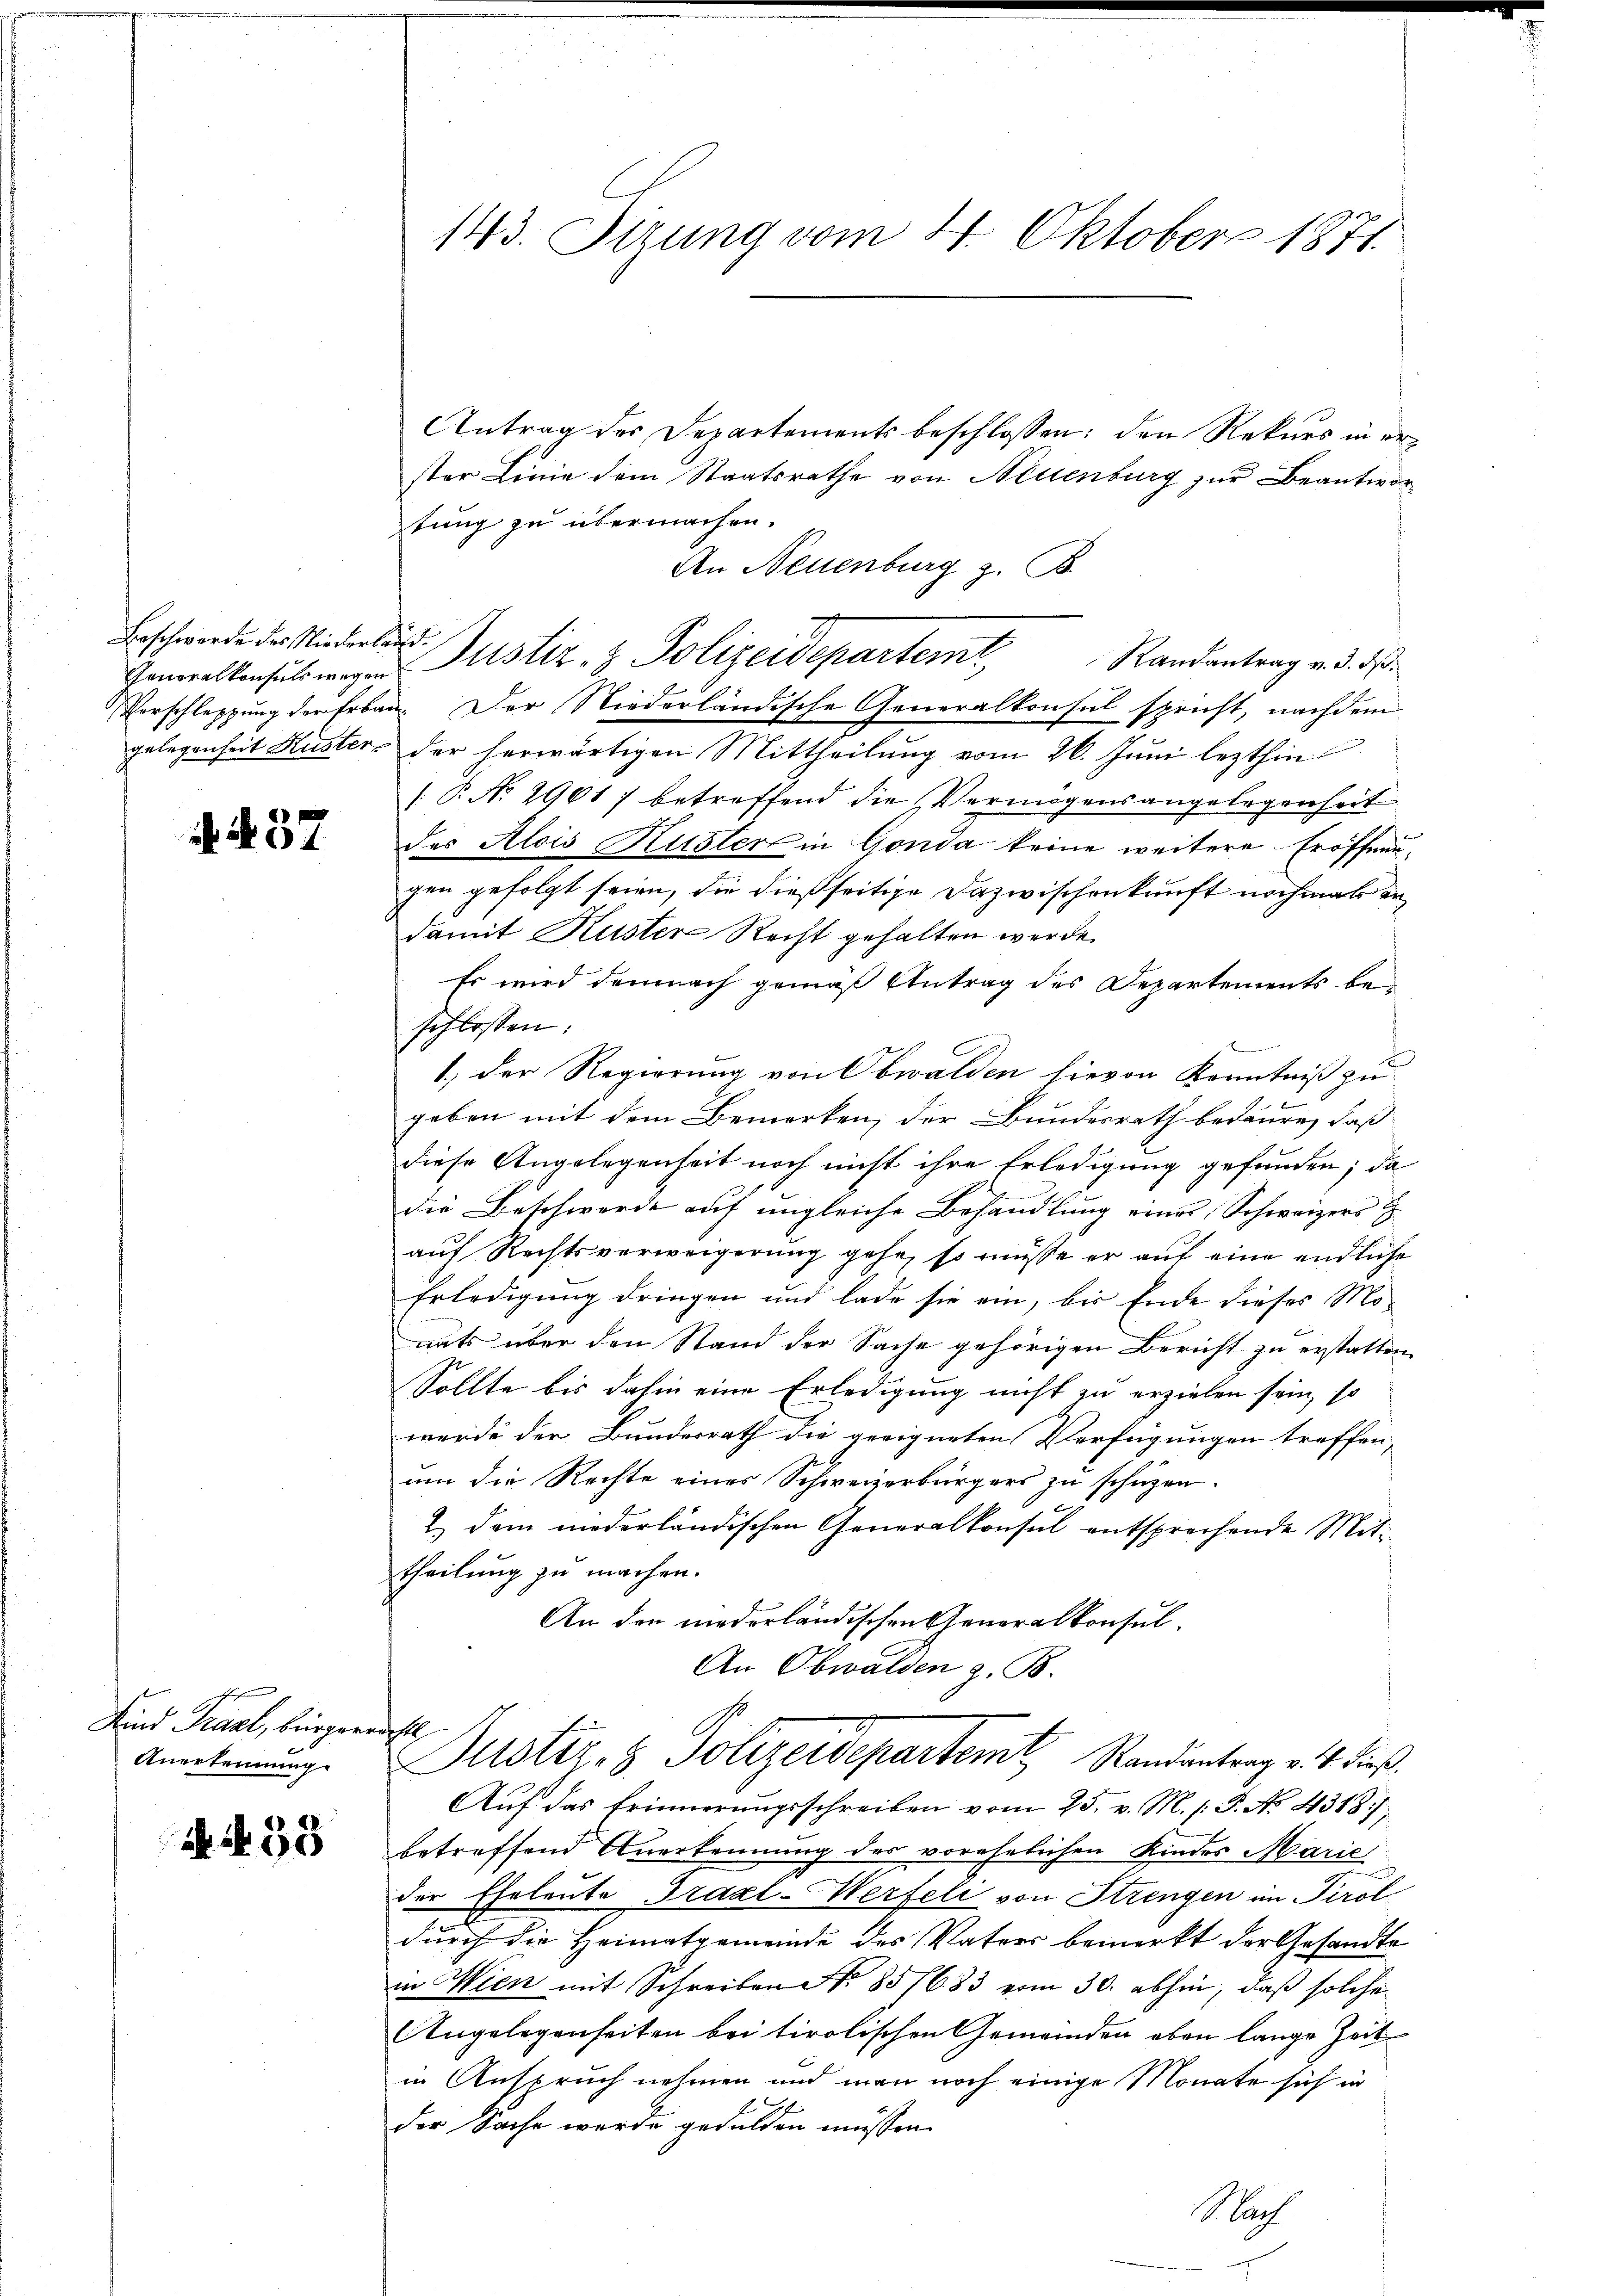
Beschwerde des Niederlau¬

. 437

Hrn Kants beigen
Anerkennung.

93

143. Setzung vom 4. Oktober 1871.

Antrag der Departements beschlossen: den Rekurs in erster Linie dem Staatsrathe von Neuenburg zur Beantwortung zu übermachen.
An Neuenburg z. B.
7
Randantrag v. 3. ds.
Verschleppung der Erbau. Der Niederländische Generalkonsul spricht, nachdem
gelegenheit Kuster, der herwärtigen Mittheilung vom 26. Juni lezthin
[P. No 29617 betreffend die Vermögensangelegenheit
des Alois Küster in Gonda keine weitere Eröffneugen gefolgt seien, die dießseitige Dazwischenkunft nochmal an
damit Kuster Recht gehalten werde.
Es wird demnach gemäß Antrag des Departements be
schlossen:
1.) Der Regierung von Obwalden hievon Kenntniß zu
geben mit dem Bemerken, der Bundesrath bedaure, daß
diese Angelegenheit noch nicht ihre Erledigung gefunden; da
die Beschwerde auf ungleiche Behandlung einer Schweizers  |
auf Rechtsverweigerung gehe, so müsse er auf eine endliche
Erledigung dringen und lade sie ein, bis Ende dieses Monats über den Stand der Sache gehörigen Bericht zu erstatten.
Sollte bis dahin eine Erledigung nicht zu erzielen sein, so
werde der Bundesrath die geeigneten Verfügungen treffen,
um die Rechte eines Schweizerbürgers zu schüzen.
2) dem niederländischen Generalkonsul entsprechende Mittheilung zu machen.
An den niederländischen Generalkonsul
An Obwalden z. B.

rasche

Generalkonsuls wegen Justiz- & Polizeidepartemt,

Justiz- & Polizeidepartemt Randantrag v. 4. dieß.

Auf das Erinnerungsschreiben vom 25. v. M. s. P. No 4318/
betreffend Anerkennung der vorehelichen Kindes Marie
der Eheleute Traxl-Werfeli von Strengen im Tirol
durch die Heimatgemeinde des Vaters bemerkt der Gesandte
in Wien mit Schreiben No 85/683 vom 30. abhin, daß solche
Angelegenheiten bei tirolischen Gemeinden eben lange Zeit
in Anspruch nehmen und man noch einige Monate sich in
der Sache wurde gedulden müssen.
Nach